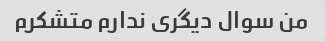
من سوال دیگری ندارم متشکرم